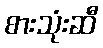
စားသုံးဆီ